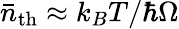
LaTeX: \bar{n}_{\mathrm{th}}\approx k_{B}T/\hbar\Omega